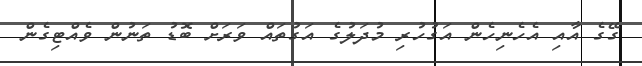
ގޭގެ އާއި އެހެނިހެން އަގުހުރި މުދަލުގެ އަގުތައް ވަރަށް ބޮޑު ތަނުން ވެއްޓިގެން